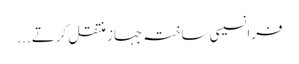
فرانسیسی ساختہ جہاز منتقل کرتے ...